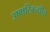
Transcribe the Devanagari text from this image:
उष्णटिबन्धीय